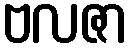
ဗလဇာ